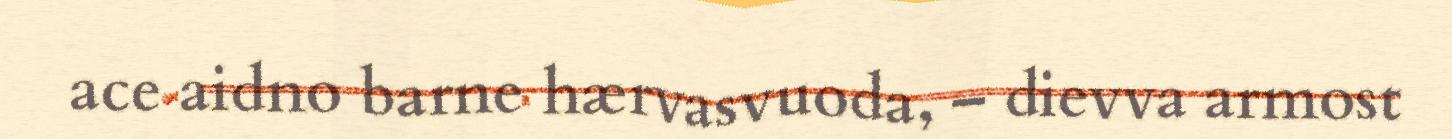
ace aidno barne hærvasvuoda, – dievva armost